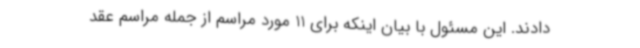
دادند. این مسئول با بیان اینکه برای 11 مورد مراسم از جمله مراسم عقد